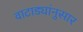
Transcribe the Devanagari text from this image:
वाटाड्यांनुसार